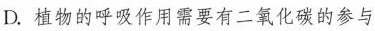
D.植物的呼吸作用需要有二氧化碳的参与